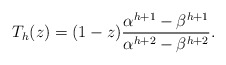
\begin{align*} T_h(z) = (1-z)\frac{\alpha^{h+1}-\beta^{h+1}}{\alpha^{h+2}-\beta^{h+2}}. \end{align*}